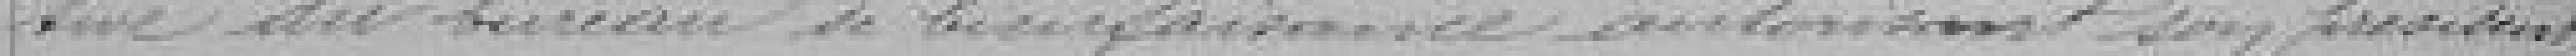
tive du bureau de bienfaisance autorisant son président